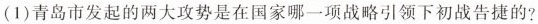
(1)青岛市发起的两大攻势是在国家哪一项战略引领下初战告捷的?